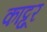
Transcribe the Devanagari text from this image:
काट्टूर